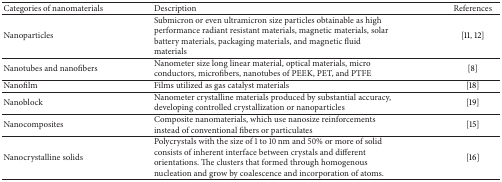
| Categories of nanomaterials | Description | References |
 | --- | --- | --- |
 | Nanoparticles | Submicron or even ultramicron size particles obtainable as high performance radiant resistant materials, magnetic materials, solar battery materials, packaging materials, and magnetic fluid materials | [11, 12] |
 | Nanotubes and nanofibers | Nanometer size long linear material, optical materials, micro conductors, microfibers, nanotubes of PEEK, PET, and PTFE | [8] |
 | Nanofilm | Films utilized as gas catalyst materials | [18] |
 | Nanoblock | Nanometer crystalline materials produced by substantial accuracy, developing controlled crystallization or nanoparticles | [19] |
 | Nanocomposites | Composite nanomaterials, which use nanosize reinforcements instead of conventional fibers or particulates | [15] |
 | Nanocrystalline solids | Polycrystals with the size of 1 to 10 nm and 50% or more of solid consists of inherent interface between crystals and different orientations. The clusters that formed through homogenous nucleation and grow by coalescence and incorporation of atoms. | [16] |